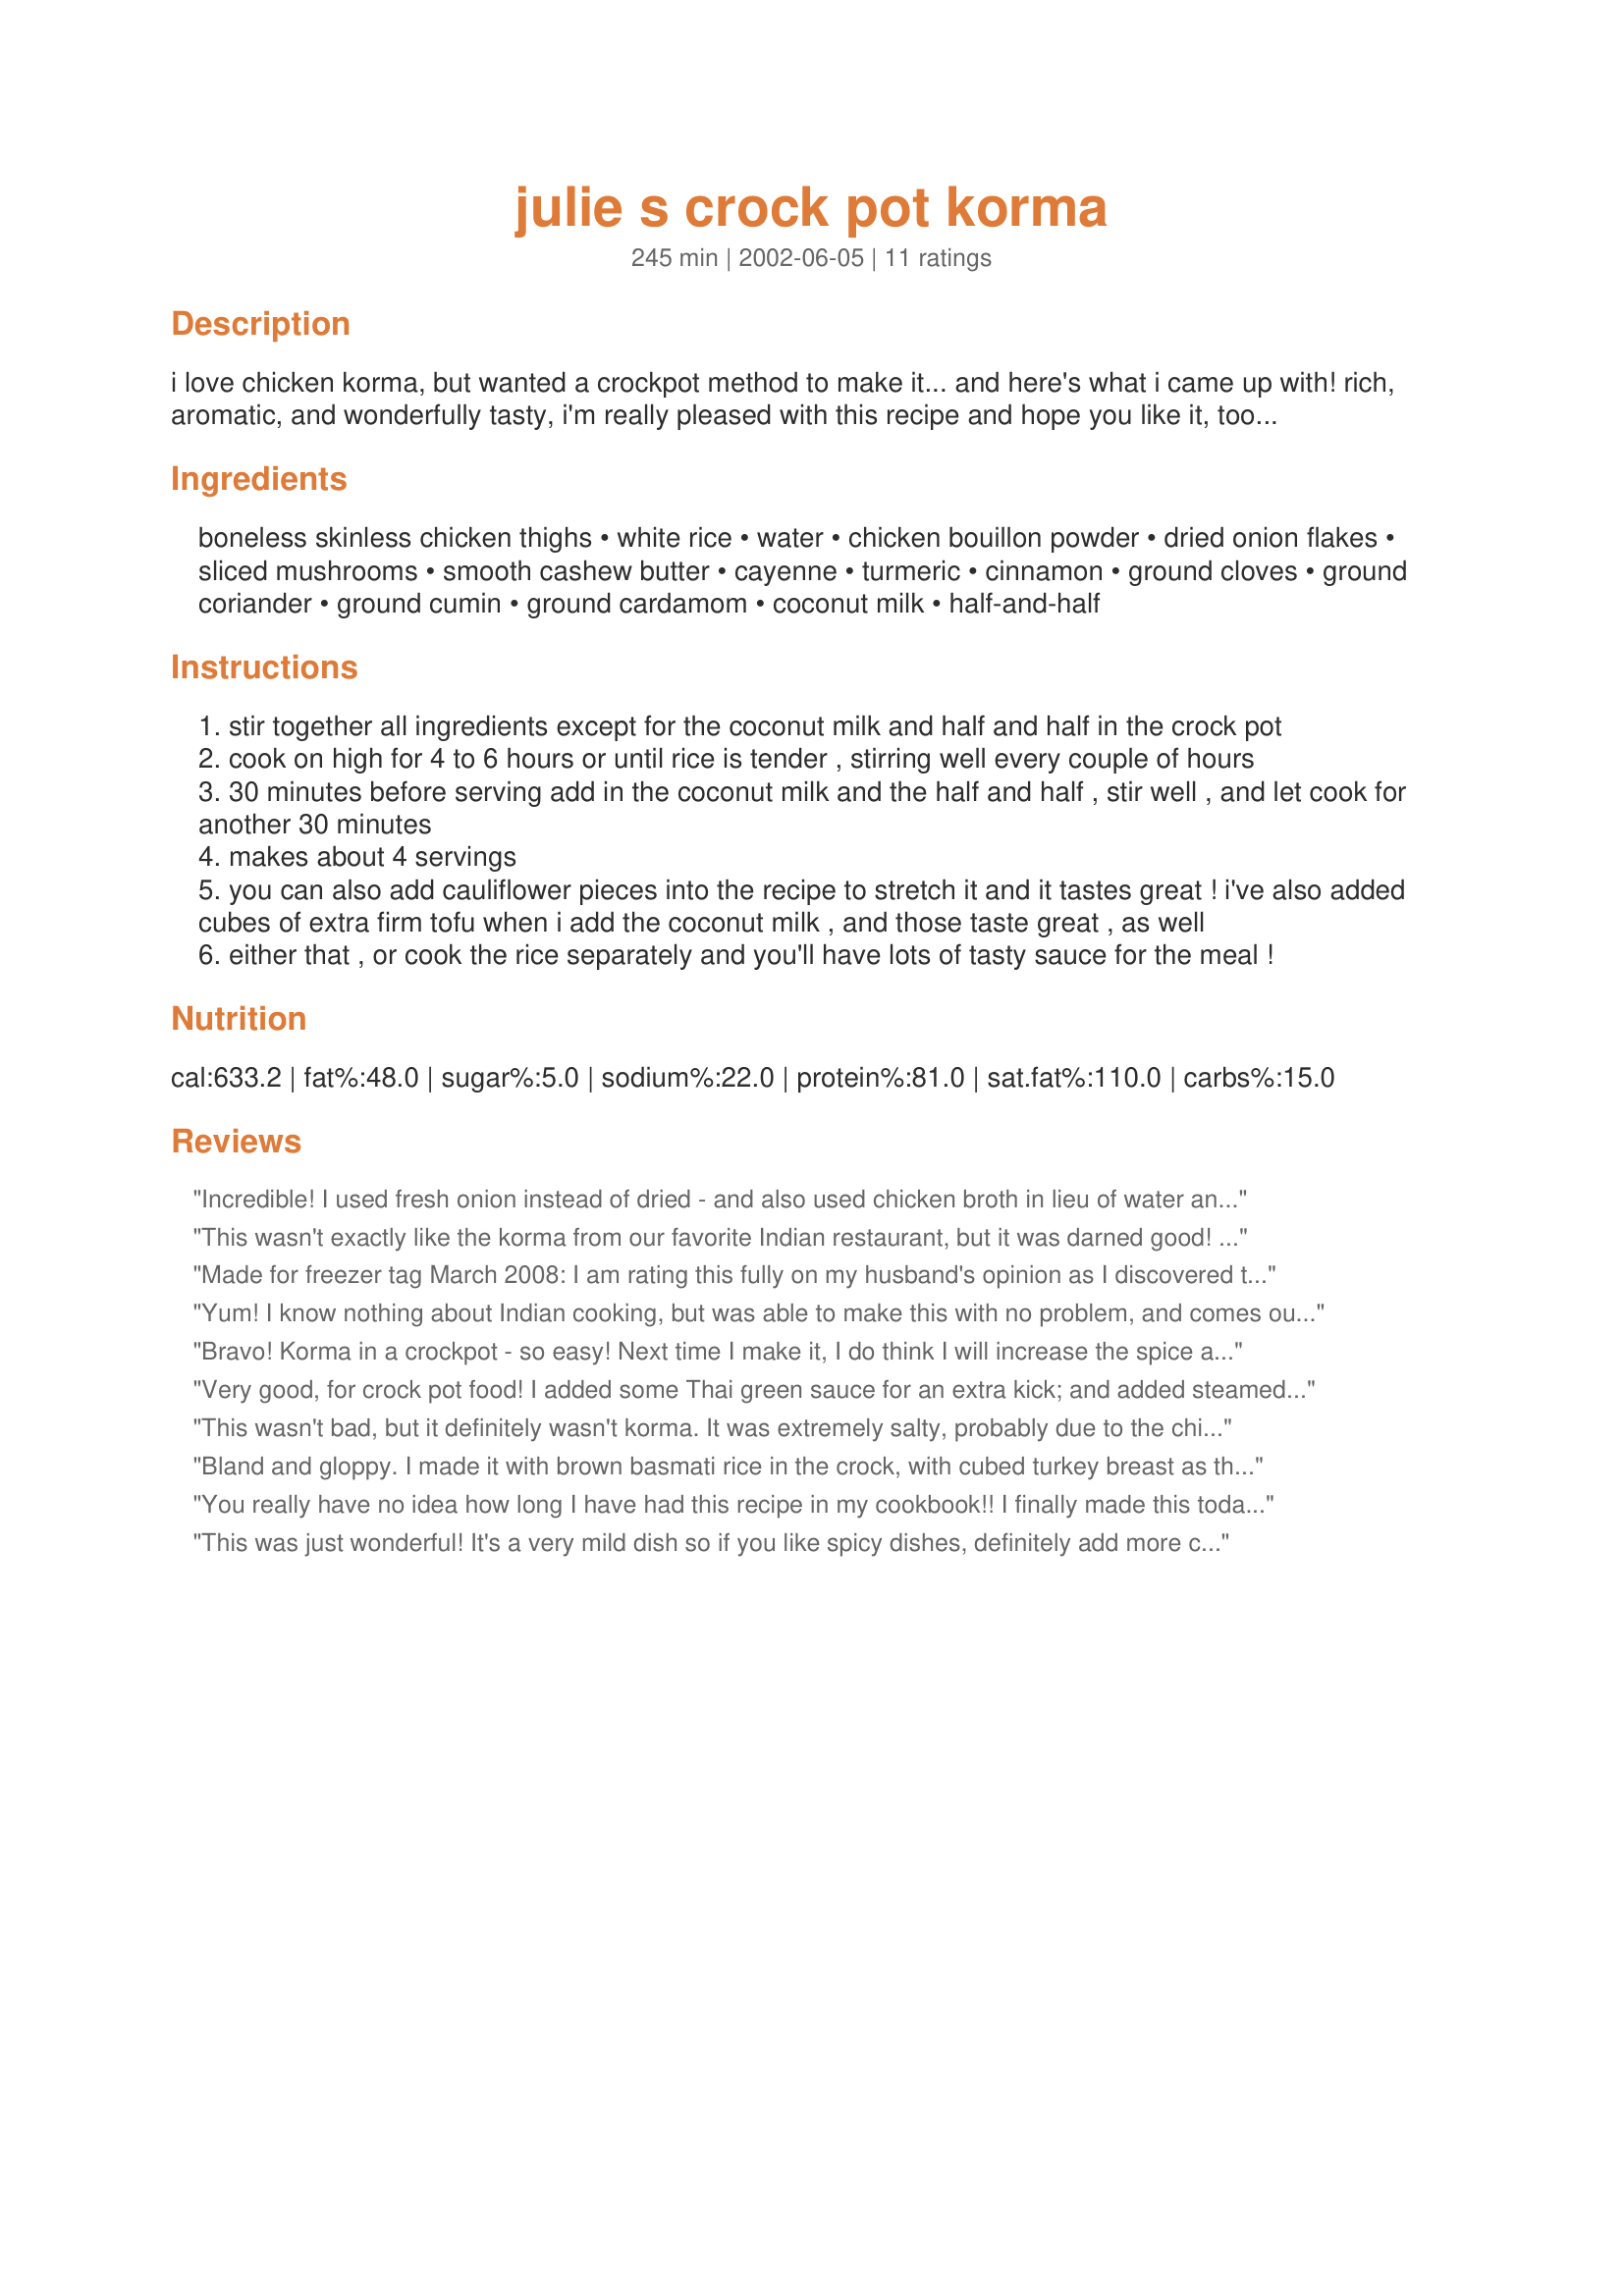
julie s crock pot korma
Preparation time: 245 minutes

i love chicken korma, but wanted a crockpot method to make it... and here's what i came up with! rich, aromatic, and wonderfully tasty, i'm really pleased with this recipe and hope you like it, too! (for my other chicken korma recipes, take a look at recipe #29994 and recipe #27133.)

Ingredients:
boneless skinless chicken thighs, white rice, water, chicken bouillon powder, dried onion flakes, sliced mushrooms, smooth cashew butter, cayenne, turmeric, cinnamon, ground cloves, ground coriander, ground cumin, ground cardamom, coconut milk, half-and-half

Steps:
stir together all ingredients except for the coconut milk and half and half in the crock pot
cook on high for 4 to 6 hours or until rice is tender , stirring well every couple of hours
30 minutes before serving add in the coconut milk and the half and half , stir well , and let cook for another 30 minutes
makes about 4 servings
you can also add cauliflower pieces into the recipe to stretch it and it tastes great ! i've also added cubes of extra firm tofu when i add the coconut milk , and those taste great , as well
either that , or cook the rice separately and you'll have lots of tasty sauce for the meal !

Reviews:
Incredible! I used fresh onion instead of dried - and also used chicken broth in lieu of water and bouillon - then served it over jasmine rice made in the rice cooker. The flavours melded together so nicely and produced an excellent, restaurant quality korma. Thank you, Julie!!! If you happen to have any other east indian recipes you've adapted for the crockpot please post them!!!
This wasn't exactly like the korma from our favorite Indian restaurant, but it was darned good! Being able to cook it in the crockpot was an added bonus. I cooked my rice separately, so I ended up with a LOT of sauce, and using just 1 1/2 pounds of chicken thighs didn't seem to give us nearly enough chicken. Next time I'll still cook the rice separately and add more chicken. I'll also add more cayenne next time, as we like our food a bit spicier. But it had a nice flavor, and my six-year-old even gave it a thumbs up. Thanks for sharing!
Made for freezer tag March 2008:
I am rating this fully on my husband's opinion as I discovered tonight I really do not like curry. My husband stated it tasted like an okay curry. He prefers it hotter. I did add the rice into the crock pot and don't recommend that unless you are going to watch it closely as my rice (even long grain) turned to mush at less than 4 hours. I also added the cauliflower as suggested, steaming it and adding it in at the last minute before serving. I would suggest serving the dish over rice rather than putting the rice into the crockpot.
To freeze: Combine all ingredients except rice, coconut milk and half-and-half in a zip top bag. Freeze.
To serve: Thaw overnight in refrigerator. Cook in crock pot as directed. You may add the rice in at this time or serve over hot cooked rice.
Yum! I know nothing about Indian cooking, but was able to make this with no problem, and comes out tasty every time. I do think it's better to cook without the rice and make it separately because of the goo factor, but both ways it comes out delicious!
Bravo! Korma in a crockpot - so easy! Next time I make it, I do think I will increase the spice a little to give it a little more heat, maybe a hotter curry but it was a big hit as is in my house. Thank you for posting this!
Very good, for crock pot food! I added some Thai green sauce for an extra kick; and added steamed cauliflower and brown sugar at the end - I felt it needed a tad of sweetener. I did not cook rice in the crock pot, so next time I'll only use 2 c. stock. I also omitted the half-n-half. Without cooking rice in the crock pot I have lots of good sauce left over.
Thanks. I'll keep this recipe.
Jan
This wasn't bad, but it definitely wasn't korma. It was extremely salty, probably due to the chicken bullion powder, so I added some brown sugar. Don't cook this any more than 4 hours, because the chicken ends up shredding and getting extremely mushy. I probably won't make this again, but it tasted okay.
Bland and gloppy. I made it with brown basmati rice in the crock, with cubed turkey breast as the protein. I had to add a lot of spices to give it some flavor--more of the cumin and some curry, as well as some ginger, garlic and cayenne. I also added salt to taste, since I don&#039;t use bullion cubes. No mushrooms, but I did add the cauliflower. I used coconut cream, instead of coconut milk and half-and-half. Even with my doctoring the recipe I really wasn&#039;t happy with it. There are much more authentic recipes out there. Sorry I can&#039;t recommend this :(
You really have no idea how long I have had this recipe in my cookbook!! I finally made this today and thoroughly enjoyed it! I used instant rice and added it with the half n half & coconut milk. I may increase the cayenne next time but my 6 yr old was also eating it and he loved it as well! That was a pleasant surprise:) Thanks Jules for a great crockpot recipe!
This was just wonderful! It's a very mild dish so if you like spicy dishes, definitely add more cayenne or spicy curry paste or powder. I had to make a couple of adjustments according to what I had on hand. I used peanut butter instead of cashew butter, light coconut milk, i didn't have any cream so I used milk and greek yogurt. Next time I make this I'll try to have the ingredients on hand, but even if you're missing a few things or have to make substitutions, this still turns out wonderfully. The texture of the chicken was just like it is when i order from an Indian restaurant. Both my bf and I adored this dish and when he took the leftovers to lunch the next day, his coworkers were supremely jealous.

Upon reading the other reviews I cooked the rice separately.
I wasn't entirely impressed. It was an okay curry but it definitely didn't taste like any korma I've had yet. I cooked the rice separately and shorted cook time because my chicken was done well before 4 hours.
